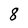
Character: 8